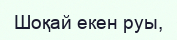
Шоқай екен руы,